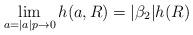
LaTeX: \begin{align*}\lim_{a=|a|p\to0}h(a,R)=|\beta_2|h(R)\end{align*}